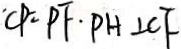
C P = P F \cdot P H \bot C F